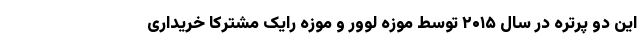
این دو پرتره در سال ۲۰۱۵ توسط موزه لوور و موزه رایک مشترکا خریداری